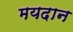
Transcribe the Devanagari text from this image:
मयदान